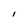
Character: I